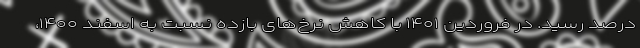
درصد رسید. در فروردین ۱۴۰۱ با کاهش نرخ‌های بازده نسبت به اسفند ۱۴۰۰،